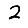
Digit: 2